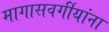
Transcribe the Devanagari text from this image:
मागासवर्गीयांना